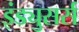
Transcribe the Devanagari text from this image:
इंड्युसर्स